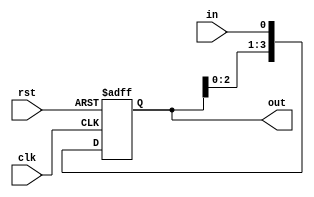
`timescale 1ns / 1ps
//////////////////////////////////////////////////////////////////////////////////
// Company: 
// Engineer: 
// 
// Design Name: 
// Module Name:    Bit_4_SISO 
// Project Name: 
// Target Devices: 
// Tool versions: 
// Description: 
//
// Dependencies: 
//
// Revision: 
// Revision 0.01 - File Created
// Additional Comments: 
//
//////////////////////////////////////////////////////////////////////////////////
module Bit_4_SISO(in,clk,rst,out);

input in;
input clk,rst;
output reg [3:0] out=0;

always@(posedge clk or negedge rst) begin
if(!rst) begin
out<=4'b0000;
end
else begin
out[0]<=in;
out[1]<=out[0];
out[2]<=out[1];
out[3]<=out[2];
end

end


endmodule